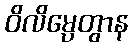
ဝိလိမ္ပေတွာန